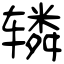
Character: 辚